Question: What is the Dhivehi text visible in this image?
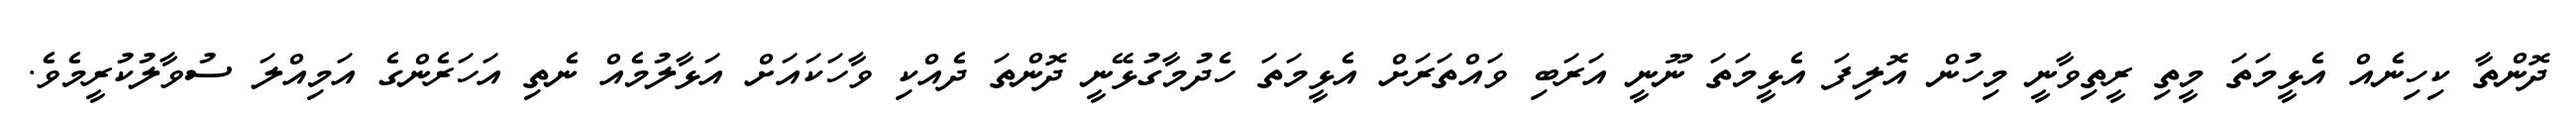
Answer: ދޮންތާ ކިހިނެއް އެޅީމަތަ މީތި ރީތިވާނީ މިހުން އޮލިފަ އެޅީމަތަ ނޫނީ އަރަބި ވައްތަރަށް އެޅީމަތަ ހެދުމާގުޅޭނީ ދޮންތަ ދެއްކި ވާހަކައަށް އަޅާލުމެއް ނެތި އަހަރެންގެ އަމިއްލަ ސުވާލުކުރީމެވެ.